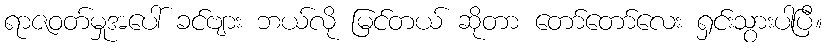
ရာဇဝတ်မှုအပေါ် ခင်ဗျား ဘယ်လို မြင်တယ် ဆိုတာ တော်တော်လေး ရှင်းသွားပါပြီ။